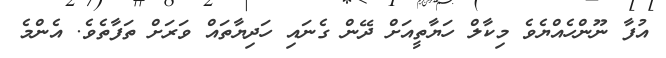
އުފާ ނޫންހެއްޔެވެ މިކާލް ހަޔާތީއަށް ދޭން ގެނައި ހަދިޔާތައް ވަރަށް ތަފާތެވެ. އެންމެ